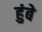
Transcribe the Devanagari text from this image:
हुंबे